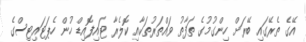
އޭގެ ތެރޭގައި ބޭރަށް ހިންގުމުގެ ތަފާތު ވައްތަރުތަކާއި ކޮލެރާ ޓައިފޮއިޑް ހުން ހެޕަޓައިޓިސްގެ